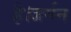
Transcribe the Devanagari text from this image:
है।जर्मन